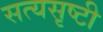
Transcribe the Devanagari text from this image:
सत्यसृष्टी